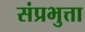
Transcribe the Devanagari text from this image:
संप्रभुत्ता